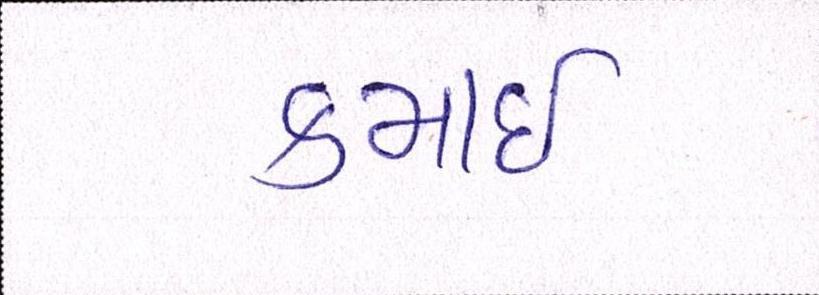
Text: કમાઈ